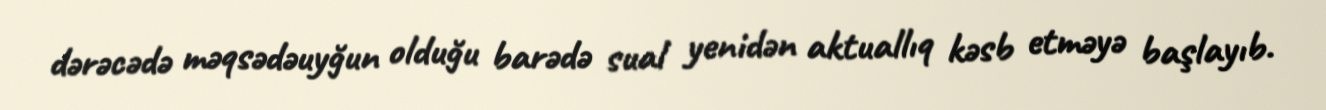
dərəcədə məqsədəuyğun olduğu barədə sual yenidən aktuallıq kəsb etməyə başlayıb.